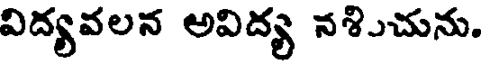
విద్యవలన అవిద్య నశిుచును.